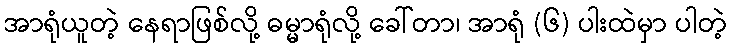
အာရုံယူတဲ့ နေရာဖြစ်လို့ ဓမ္မာရုံလို့ ခေါ်တာ၊ အာရုံ (၆) ပါးထဲမှာ ပါတဲ့